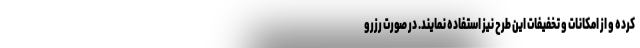
کرده و از امکانات و تخفیفات این طرح نیز استفاده نمایند. در صورت رزرو